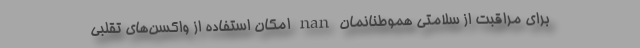
برای مراقبت از سلامتی هموطنانمان nan امکان استفاده از واکسن‌های تقلبی